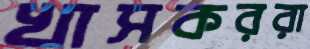
খাসকররা